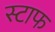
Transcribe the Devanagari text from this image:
स्टाफ